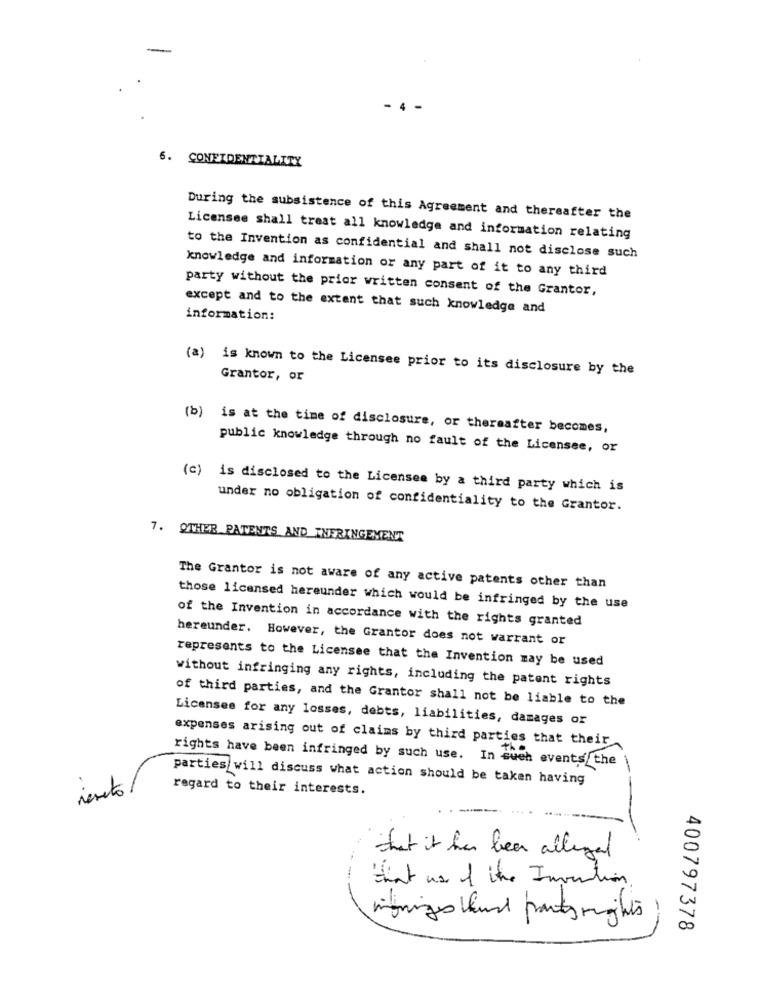
4
6. CONFIDENTIALITY
During the subsistence of this Agreement and thereafter the
Licensee shall treat all knowledge and information relating
to the Invention as confidential and shall not disclose such
knowledge and information or any part of it to any third
party without the prior written consent of the Grantor,
except and to the extent that such knowledge and
information:
(a) is known to the Licensee prior to its disclosure by the
Grantor, or
(b) is at the time of disclosure, or thereafter becomes,
public knowledge through no fault of the Licensee, or
(c) is disclosed to the Licensee by a third party which is
under no obligation of confidentiality to the Grantor.
7. OTHER PATENTS AND INFRINGEMENT
The Grantor is not aware of any active patents other than
those licensed hereunder which would be infringed by the use
of the Invention in accordance with the rights granted
hereunder. However, the Grantor does not warrant or
represents to the Licensee that the Invention may be used
without infringing any rights, including the patent rights
of third parties, and the Grantor shall not be liable to the
Licensee for any losses, debts, liabilities, damages or
expenses arising out of claims by third parties that their
rights have been infringed by such use. In such events the
parties will discuss what action should be taken having
regard to their interests.
resto
that it has been allegal
---
that use of the Invention
400797378